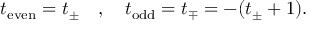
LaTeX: t _ { \mathrm { e v e n } } = t _ { \pm } \quad , \quad t _ { \mathrm { o d d } } = t _ { \mp } = - ( t _ { \pm } + 1 ) .